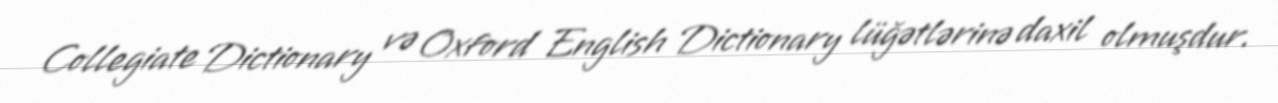
Collegiate Dictionary və Oxford English Dictionary lüğətlərinə daxil olmuşdur.